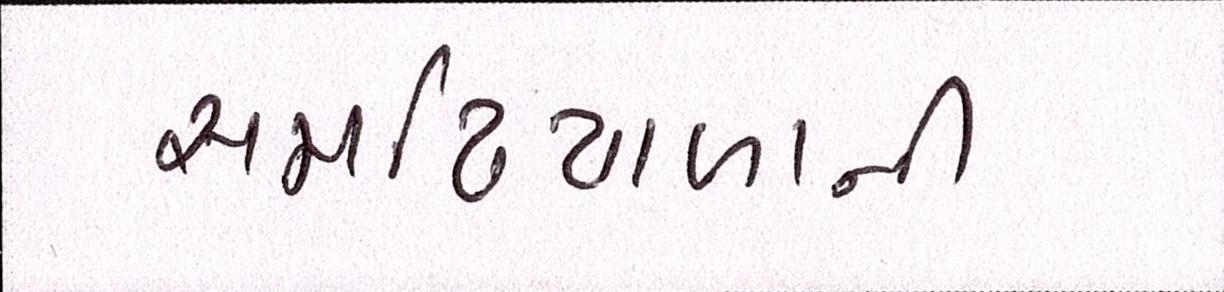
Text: સમઢિયાળાની